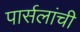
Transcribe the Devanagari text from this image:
पार्सलांची